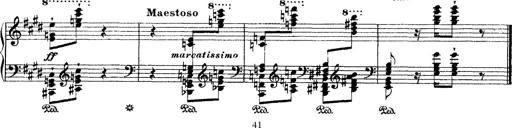
Title: Ã‰tudes d'exÃ©cution transcendante d'aprÃ¨s Paganini
Composer: Franz Liszt